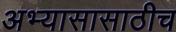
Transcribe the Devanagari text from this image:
अभ्यासासाठीच